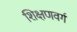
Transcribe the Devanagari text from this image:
शिक्षणवर्ग